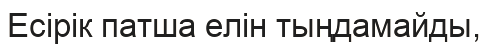
Есірік патша елін тыңдамайды,